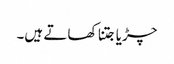
چڑیا جتنا کھاتے ہیں۔